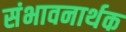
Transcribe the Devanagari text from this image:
संभावनार्थक